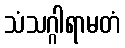
သံသဂ္ဂါရာမတံ